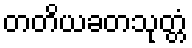
တတိယခတသုတ္တံ